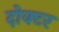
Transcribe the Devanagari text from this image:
दोक्टर